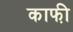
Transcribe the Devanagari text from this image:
काफी़